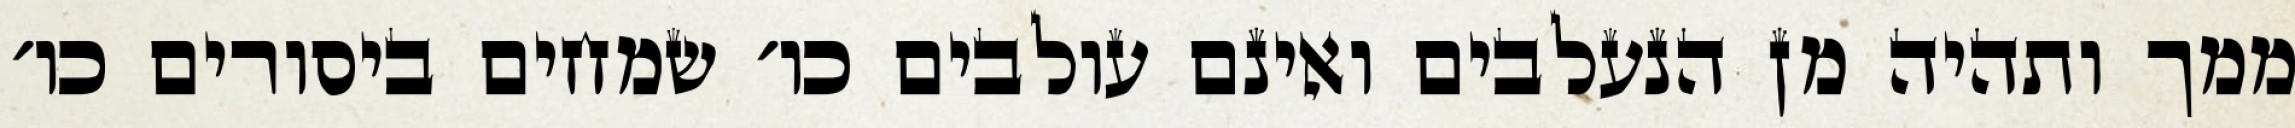
ממך ותהיה מן הנעלבים ואינם עולבים כו׳ שמחים ביסורים כו׳